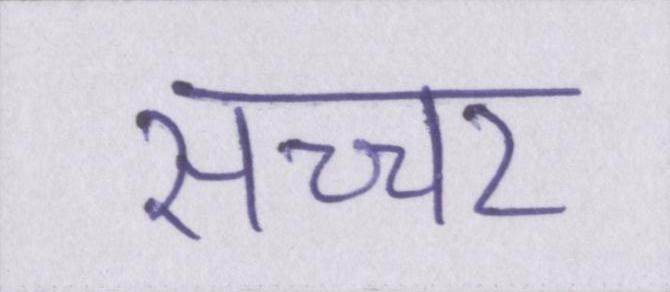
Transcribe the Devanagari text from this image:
सच्चर